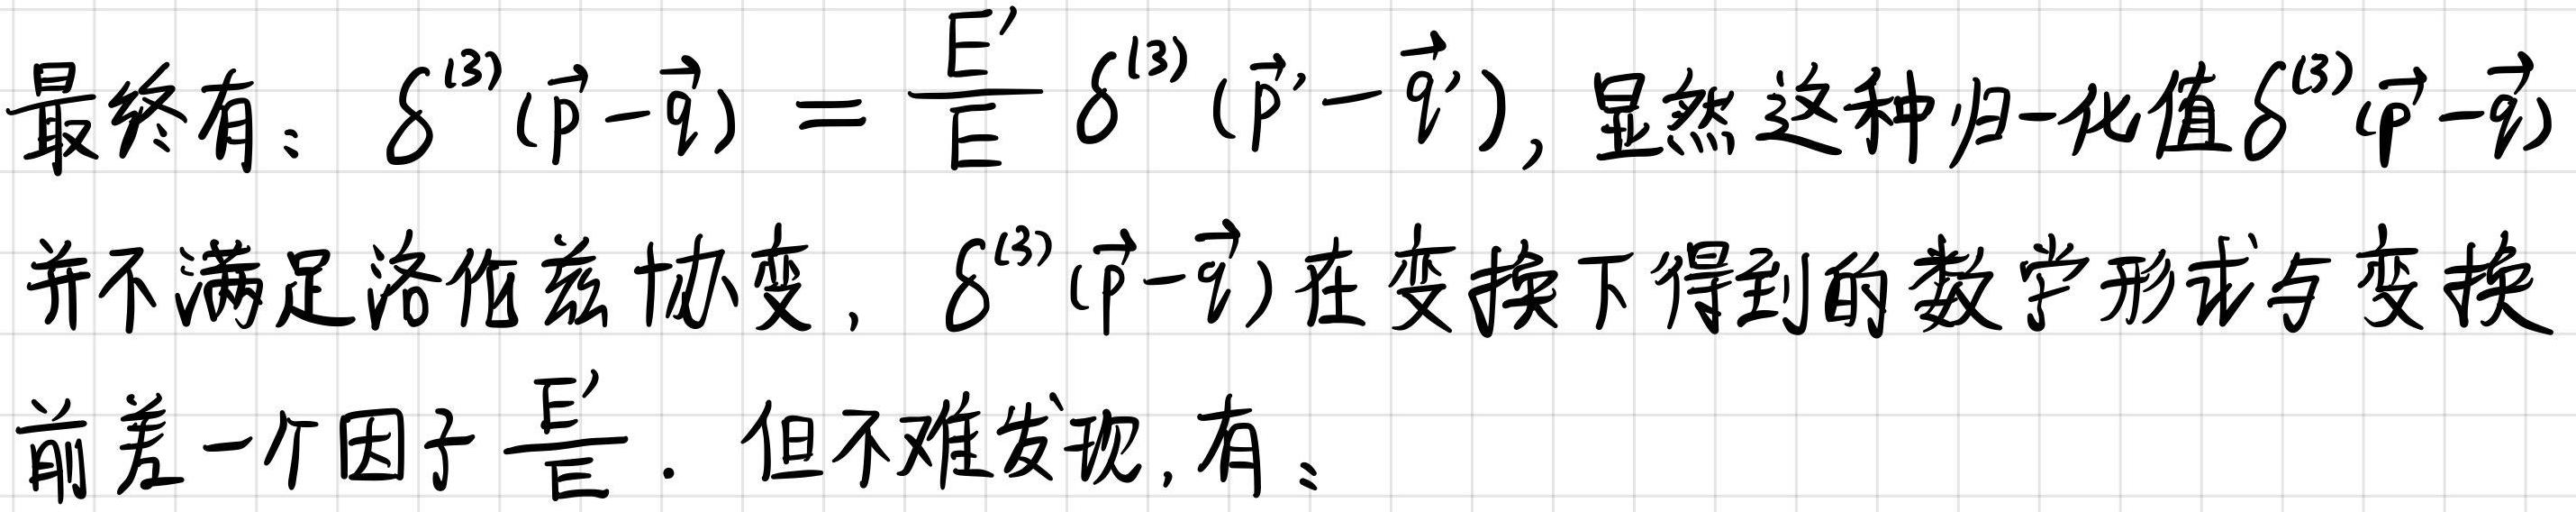
最终有：$\delta^{(3)}(\vec{p}-\vec{q}) = \frac{E'}{E} \delta^{(3)}(\vec{p}'-\vec{q}')$, 显然这种归一化值$\delta^{(3)}(\vec{p}-\vec{q})$并不满足洛伦兹协变，$\delta^{(3)}(\vec{p}-\vec{q})$在变换下得到的数学形式与变换前差一个因子$\frac{E'}{E}$. 但不难发现, 有：